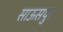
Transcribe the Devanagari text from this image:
साऊसपुर